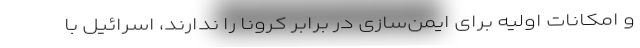
و امکانات اولیه برای ایمن‌سازی در برابر کرونا را ندارند، اسرائیل با